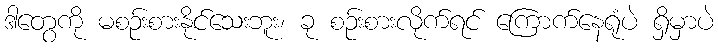
ဒါတွေကို မစဉ်းစားနိုင်သေးဘူး၊ ခု စဉ်းစားလိုက်ရင် ကြောက်နေရုံပဲ ရှိမှာပဲ